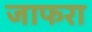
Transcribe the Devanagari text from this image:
जाफरा